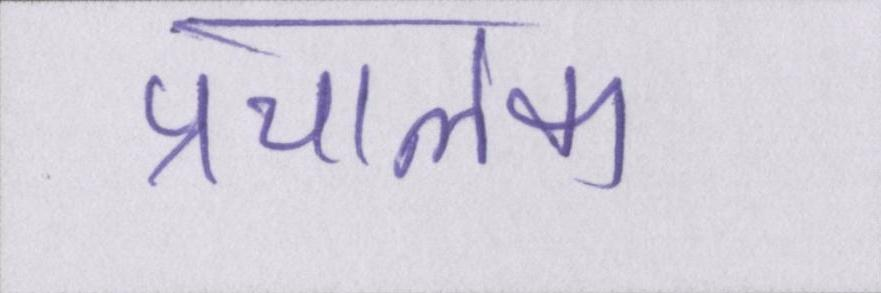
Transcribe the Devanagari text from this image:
प्रचालक